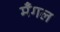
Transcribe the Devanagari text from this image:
मँगल